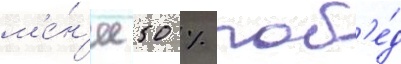
м'е́н'ее 50 % поб'е́д